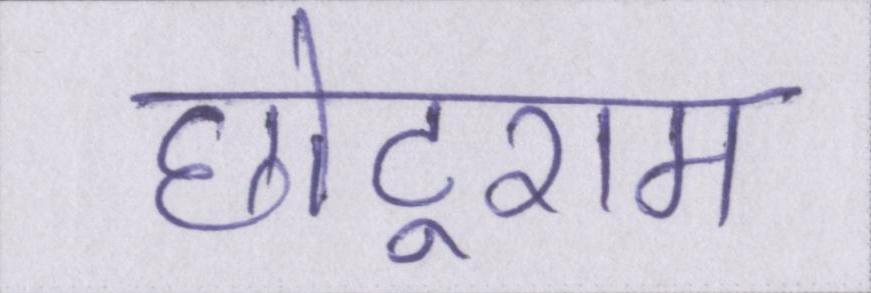
छोटूराम